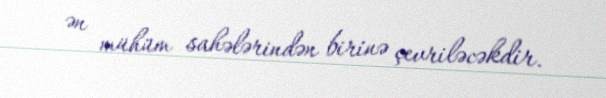
ən mühüm sahələrindən birinə çevriləcəkdir.